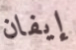
إيفان